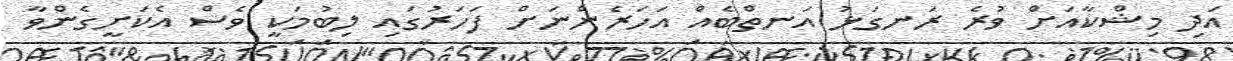
އަދި މިޝްކާއަށް ވުރެ ރަނގަޅު އަނތްބެއް އަހަރެންނަށް ފަހަރުގައި ލިބުމަކީ ވެސް އެކަށީގެންވާ